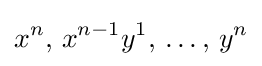
x^{n},\,x^{n-1}y^{1},\,\dots ,\,y^{n}